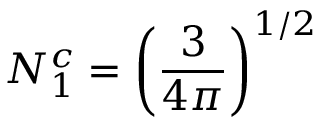
N _ { 1 } ^ { c } = \left( { \frac { 3 } { 4 \pi } } \right) ^ { 1 / 2 }